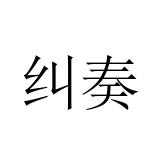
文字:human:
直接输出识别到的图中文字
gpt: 纠奏